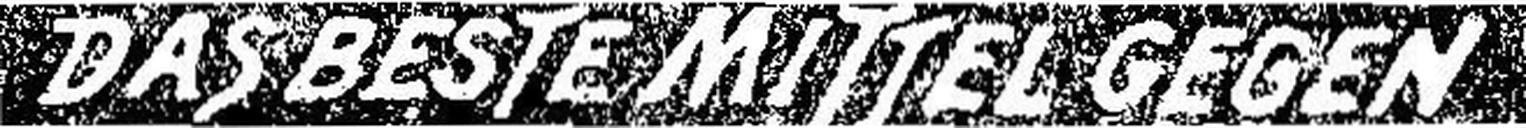
DAS BESTE MITTEL GEGEN